Civil Veterinary Dept. Bombay admin report 1907-1913 - 1907-1913
Year: 1907
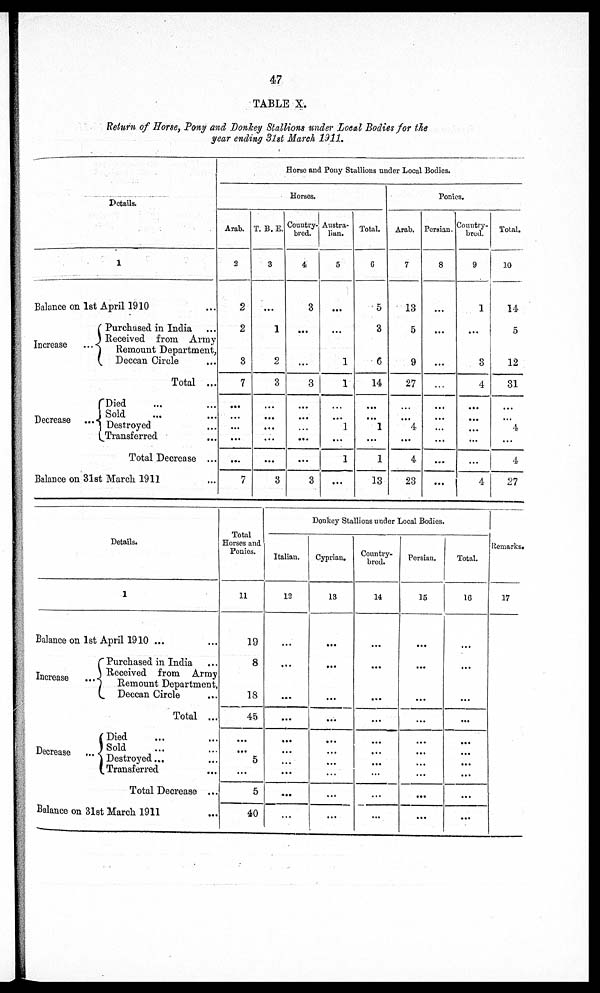
47
TABLE X.
Return of Horse, Pony and Donkey Stallions under Local Bodies for the
year ending 31st March 1911,
Details.
1
Balance on 1st April 1910 ...
Increase
...
Decrease ... ...
Balance on 31st
Purchased in India
...
Received from Army
Remount Department,
Deccan Circle ...
Total ...
Died ... ...
Sold ... ...
Destroyed ...
Transferred ...
Total Decrease ...
March 1911 ...
Horse and Pony Stallions under Local Bodies.
Horses.
Arab.
2
2
2
3
7
...
...
...
...
...
7
T. B. E.
3
...
1
2
3
...
...
...
...
...
3
Country-
bred.
4
3
...
...
3
...
...
...
...
...
3
Austra-
lian.
5
...
...
1
1
...
...
1
...
1
...
Total.
6
5
3
6
14
...
...
...
...
1
13
Ponies.
Arab.
7
13
5
9
27
...
... 4
...
4
23
Persian.
8
...
...
...
...
...
...
...
...
...
Country-
bred.
9
1
...
3
4
...
...
...
...
...
4
Total.
10
14
5
12
31
...
...
4
...
4
27
Details.
1
Balance on 1st April 1910 ... ...
Increase ...
Decrease ...
Purchased in India ...
Received from Army
Remount Department,
Deccan Circle ...
Total ...
Died ... ...
Sold ... ...
Destroyed ... ...
Transferred ...
Total Decrease ...
Balance on 31st March 1911 ...
Total
Horses and
Ponies.
11
19
8
18
45
...
...
5
...
5
40
Donkey Stallions under Local Bodies.
Italian.
12
...
...
...
...
...
...
...
...
...
...
Cyprian.
13
...
...
...
...
...
...
...
...
...
...
Country-
bred.
14
...
...
...
...
...
...
...
...
...
...
Persian.
15
...
...
...
...
...
...
...
...
...
...
Total.
16
...
...
...
...
...
...
...
...
...
...
Remarks.
17
...
...
...
...
...
...
...
...
...